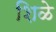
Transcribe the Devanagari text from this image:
शिळे